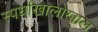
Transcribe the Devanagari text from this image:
स्पर्धांखालोखाल